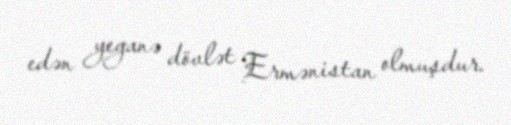
edən yeganə dövlət Ermənistan olmuşdur.